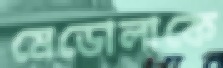
মেডোলাকে